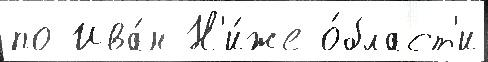
по Ива́н Н'и́же о́бласт'и